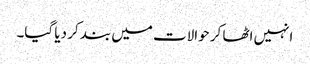
انہیں اٹھا کر حوالات میں بند کر دیا گیا۔